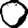
Digit: 0